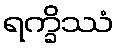
ရက္ခိဿံ